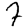
Digit: 7